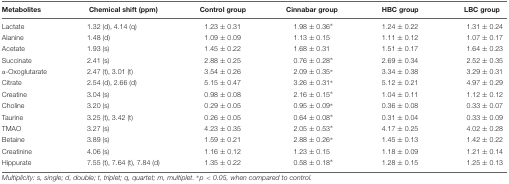
<table><thead><tr><td><b>Metabolites</b></td><td><b>Chemical shift (ppm)</b></td><td><b>Control group</b></td><td><b>Cinnabar group</b></td><td><b>HBC group</b></td><td><b>LBC group</b></td></tr></thead><tbody><tr><td>Lactate</td><td>1.32 (d), 4.14 (q)</td><td>1.23 ± 0.31</td><td>1.98 ± 0.36<sup>∗</sup></td><td>1.24 ± 0.22</td><td>1.31 ± 0.24</td></tr><tr><td>Alanine</td><td>1.48 (d)</td><td>1.09 ± 0.09</td><td>1.13 ± 0.15</td><td>1.11 ± 0.12</td><td>1.07 ± 0.17</td></tr><tr><td>Acetate</td><td>1.93 (s)</td><td>1.45 ± 0.22</td><td>1.68 ± 0.31</td><td>1.51 ± 0.17</td><td>1.64 ± 0.23</td></tr><tr><td>Succinate</td><td>2.41 (s)</td><td>2.88 ± 0.25</td><td>0.76 ± 0.28<sup>∗</sup></td><td>2.69 ± 0.34</td><td>2.52 ± 0.35</td></tr><tr><td>α-Oxoglutarate</td><td>2.47 (t), 3.01 (t)</td><td>3.54 ± 0.26</td><td>2.09 ± 0.35<sup>∗</sup></td><td>3.34 ± 0.38</td><td>3.29 ± 0.31</td></tr><tr><td>Citrate</td><td>2.54 (d), 2.66 (d)</td><td>5.15 ± 0.47</td><td>3.26 ± 0.31<sup>∗</sup></td><td>5.12 ± 0.21</td><td>4.97 ± 0.29</td></tr><tr><td>Creatine</td><td>3.04 (s)</td><td>0.98 ± 0.08</td><td>2.16 ± 0.15<sup>∗</sup></td><td>1.04 ± 0.11</td><td>1.12 ± 0.12</td></tr><tr><td>Choline</td><td>3.20 (s)</td><td>0.29 ± 0.05</td><td>0.95 ± 0.09<sup>∗</sup></td><td>0.36 ± 0.08</td><td>0.33 ± 0.07</td></tr><tr><td>Taurine</td><td>3.25 (t), 3.42 (t)</td><td>0.26 ± 0.05</td><td>0.64 ± 0.08<sup>∗</sup></td><td>0.31 ± 0.04</td><td>0.33 ± 0.09</td></tr><tr><td>TMAO</td><td>3.27 (s)</td><td>4.23 ± 0.35</td><td>2.05 ± 0.53<sup>∗</sup></td><td>4.17 ± 0.25</td><td>4.02 ± 0.28</td></tr><tr><td>Betaine</td><td>3.89 (s)</td><td>1.59 ± 0.21</td><td>2.88 ± 0.26<sup>∗</sup></td><td>1.45 ± 0.13</td><td>1.42 ± 0.22</td></tr><tr><td>Creatinine</td><td>4.06 (s)</td><td>1.16 ± 0.12</td><td>1.23 ± 0.15</td><td>1.18 ± 0.09</td><td>1.21 ± 0.14</td></tr><tr><td>Hippurate</td><td>7.55 (t), 7.64 (t), 7.84 (d)</td><td>1.35 ± 0.22</td><td>0.58 ± 0.18<sup>∗</sup></td><td>1.28 ± 0.15</td><td>1.25 ± 0.13</td></tr></tbody></table>